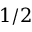
1 / 2